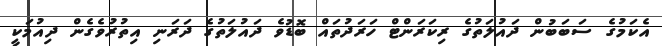
އެކަމުގެ ސަބަބުން ދައުލަތުގެ ރިކަރަންޓް ހަރަދުތައް ބޮޑުވެ ދައުލަތުގެ ދަރަނި އިތުރުވެގެން ދިއުމަކީ